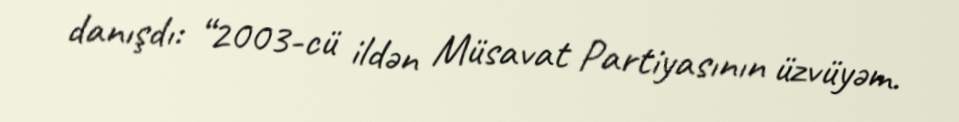
danışdı: “2003-cü ildən Müsavat Partiyasının üzvüyəm.